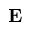
{ \bf E }